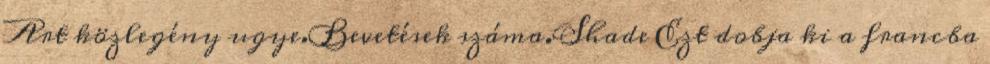
Art közlegény ugye.Bevetések száma.Shade Ezt dobja ki a francba